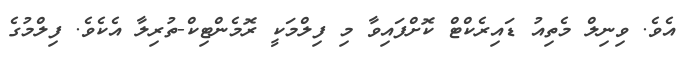
އެވެ. ވިނިލް މެތިއު ޑައިރެކްޓް ކޮށްފައިވާ މި ފިލްމަކީ ރޮމެންޓިކް-ތުރިލާ އެކެވެ. ފިލްމުގެ